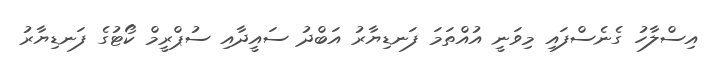
އިސްލާހު ގެނެސްފައި މިވަނީ އުއްތަމަ ފަނޑިޔާރު އަބްދު ސައީދާއި ސުޕްރީމް ކޯޓުގެ ފަނޑިޔާރު